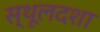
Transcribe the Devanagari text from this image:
स्थूलदशा